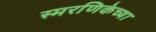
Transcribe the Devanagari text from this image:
स्मरणिकेच्या